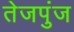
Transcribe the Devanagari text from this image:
तेजपुंज